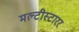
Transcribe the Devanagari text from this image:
मल्टीस्टारर